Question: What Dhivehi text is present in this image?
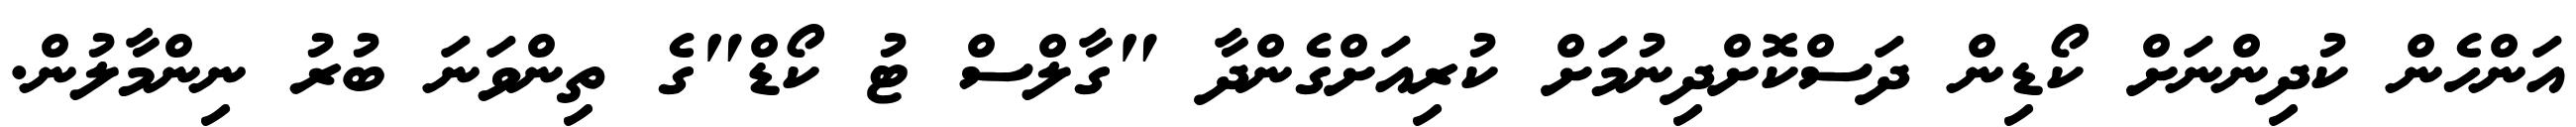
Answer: އަންހެން ކުދިންނަށް ކޯޑިން ދަސްކޮށްދިނުމަށް ކުރިއަށްގެންދާ "ގާލްސް ޓު ކޯޑް"ގެ ތިންވަނަ ބުރު ނިންމާލުން.